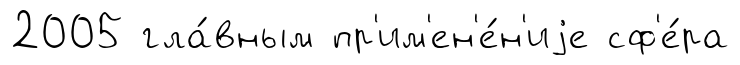
2005 гла́вным пр'им'ен'е́н'иjе сф'е́ра